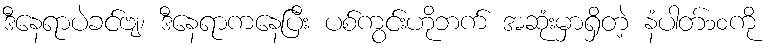
ဒီနေရာပဲခင်ဗျ၊ ဒီနေရာကနေပြီး ပစ်ကွင်းဟိုဘက် အဆုံးမှာရှိတဲ့ နံပါတ်၁၀ကို